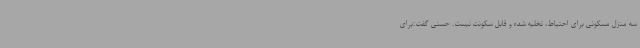
سه منزل مسکونی برای احتیاط، تخلیه شده و قابل سکونت نیست. حسنی گفت:برای